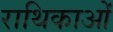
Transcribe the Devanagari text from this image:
राथिकाओं